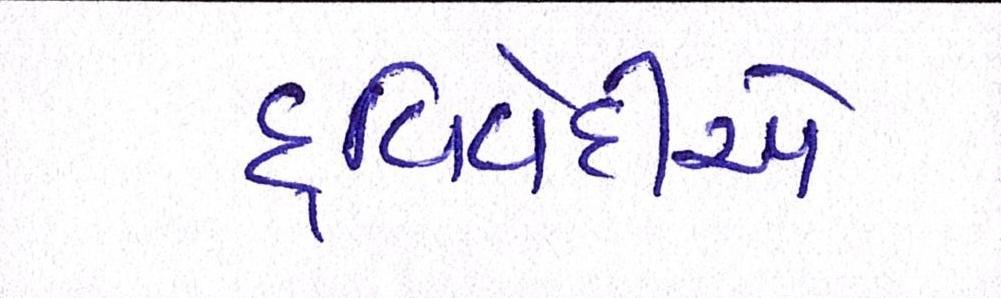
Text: દ્વિવેદીએ